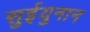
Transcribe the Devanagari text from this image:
सुईयुनान